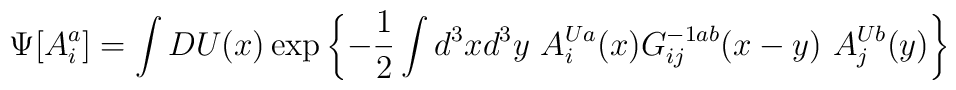
\Psi[A_i^a]=\int DU(x) \exp\left\{-{1\over 2}\int d^{3}x d^{3}y \ A_i^{Ua}(x)G^{-1ab}_{ij}(x-y)\ A_j^{Ub}(y)\right\}